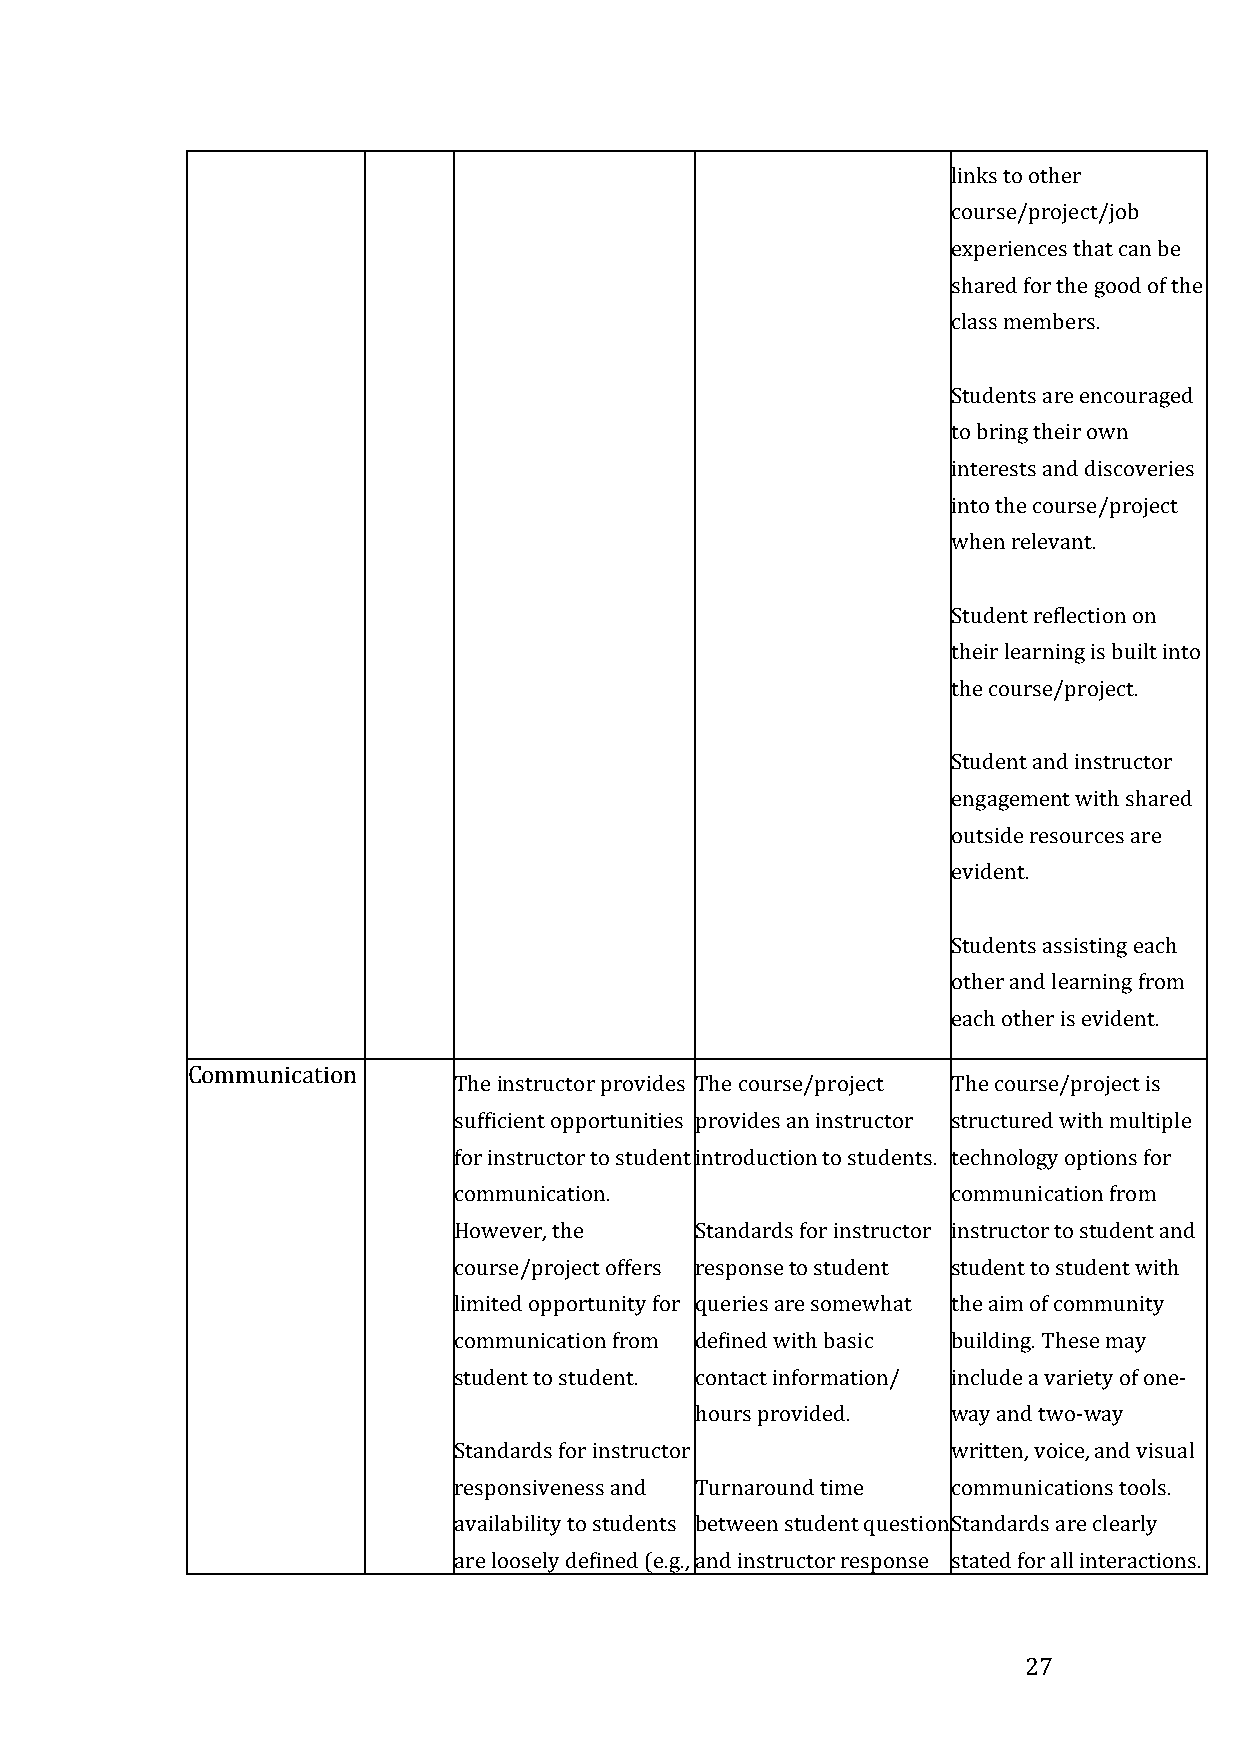
links to other
 course/project/job
 experiences that can be
 shared for the good of the
 class members.
 •
 •  Students are encouraged
 to bring their own
 interests and discoveries
 into the course/project
 when relevant.
 •
 •  Student reflection on
 their learning is built into
 the course/project.
 •
 •  Student and instructor
 engagement with shared
 outside resources are
 evident.
 •
 •  Students assisting each
 other and learning from
 each other is evident.
 Communication
 • The instructor provid•e s The course/project • The course/project is
 sufficient opportunities provides an instructor structured with multiple
 for instructor to student introduction to students. technology options for
 communication. •                 communication from
 However, the  • Standards for instructor instructor to student and
 course/project offers response to student student to student with
 limited opportunity for queries are somewhat the aim of community
 communication from defined with basic building. These may
 student to student. contact information/ include a variety of one-­‐
 •                 hours provided.  way and two-­‐way
 • Standards for instruc•t or       written, voice, and visual
 responsiveness and • Turnaround time communications tools.
 availability to students between student quest•i on Standards are clearly
 are loosely defined (e.g., and instructor response stated for all interactions.
 27